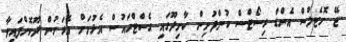
ޖޭ ހޮޓެލްސް އެންޑް ރިސޯޓްސް ކުންފުނިން ކާށިދޫގައި ގެސްޓްހައުސް އެޅުމަށް އެރަށުން ދޫކޮށްފައިވާ